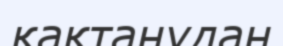
қақтанудан